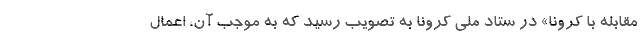
مقابله با کرونا» در ستاد ملی کرونا به تصویب رسید که به موجب آن، اعمال